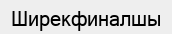
Ширекфиналшы